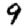
Digit: 9